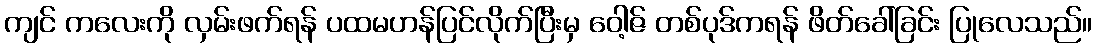
ကျင် ကလေးကို လှမ်းဖက်ရန် ပထမဟန်ပြင်လိုက်ပြီးမှ ဝေါ့ဇ် တစ်ပုဒ်ကရန် ဖိတ်ခေါ်ခြင်း ပြုလေသည်။